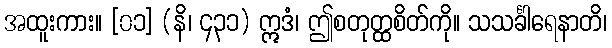
အထူးကား။ [၀၁] (နိ၊ ၄၃၁) ဣဒံ၊ ဤစတုတ္ထစိတ်ကို။ သသင်္ခါရေနာတိ၊